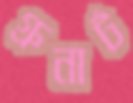
গ্রুনার্ট